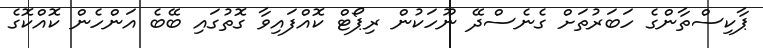
ޕާކިސްތާންގެ ހަބަރުތަށް ގެނެސްދޭ ނޫހަކުން ރިޕޯޓް ކޮއްފައިވާ ގޮތުގައި ބޭބެ އަންހެން ކޮއްކޮގެ